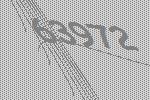
63972